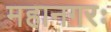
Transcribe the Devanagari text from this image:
महानगरः